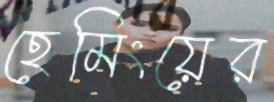
হেমিংয়ের